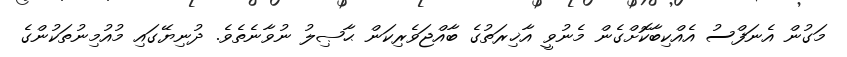
މަގުން އެނަފްސު އެއްކިބާކޮށްގެން މެނުވީ އާޚިރަތުގެ ބާއްޖަވެރިކަން ޙާޞިލު ނުވާނެތެވެ. ދުނިޔޭގައި މުއުމިނުތަކުންގެ